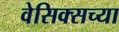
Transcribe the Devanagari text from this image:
वेसिक्सच्या